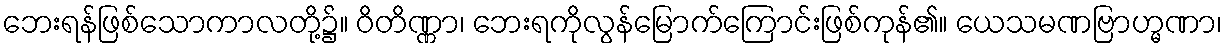
ဘေးရန်ဖြစ်သောကာလတို့၌။ ဝိတိဏ္ဏာ၊ ဘေးရကိုလွန်မြောက်ကြောင်းဖြစ်ကုန်၏။ ယေသမဏဗြာဟ္မဏာ၊